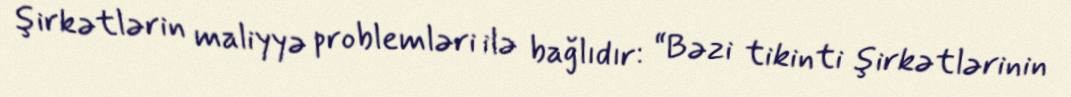
şirkətlərin maliyyə problemləri ilə bağlıdır: “Bəzi tikinti şirkətlərinin